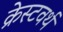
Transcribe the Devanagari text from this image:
क्रेस्टवर्थ